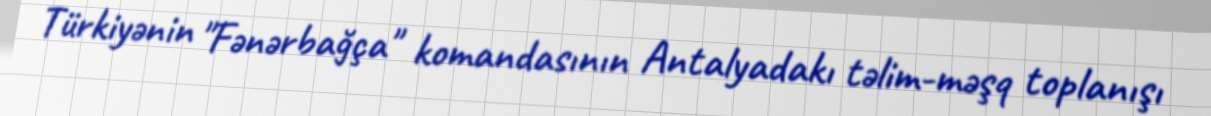
Türkiyənin "Fənərbağça" komandasının Antalyadakı təlim-məşq toplanışı